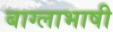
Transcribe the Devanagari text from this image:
बाग्लाभाषी